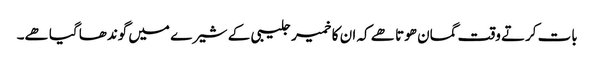
بات کرتے وقت گمان ھوتا ھے کہ ان کا خمیر جلیبی کے شیرے میں گوندھا گیا ھے۔